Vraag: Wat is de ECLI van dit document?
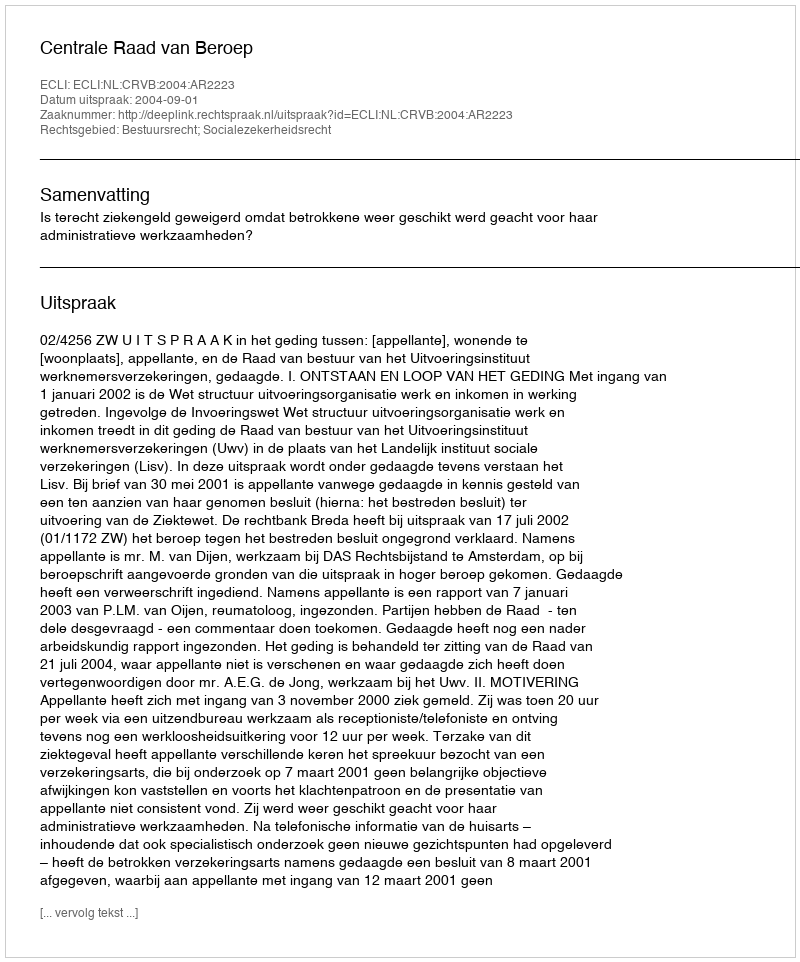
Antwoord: ECLI:NL:CRVB:2004:AR2223